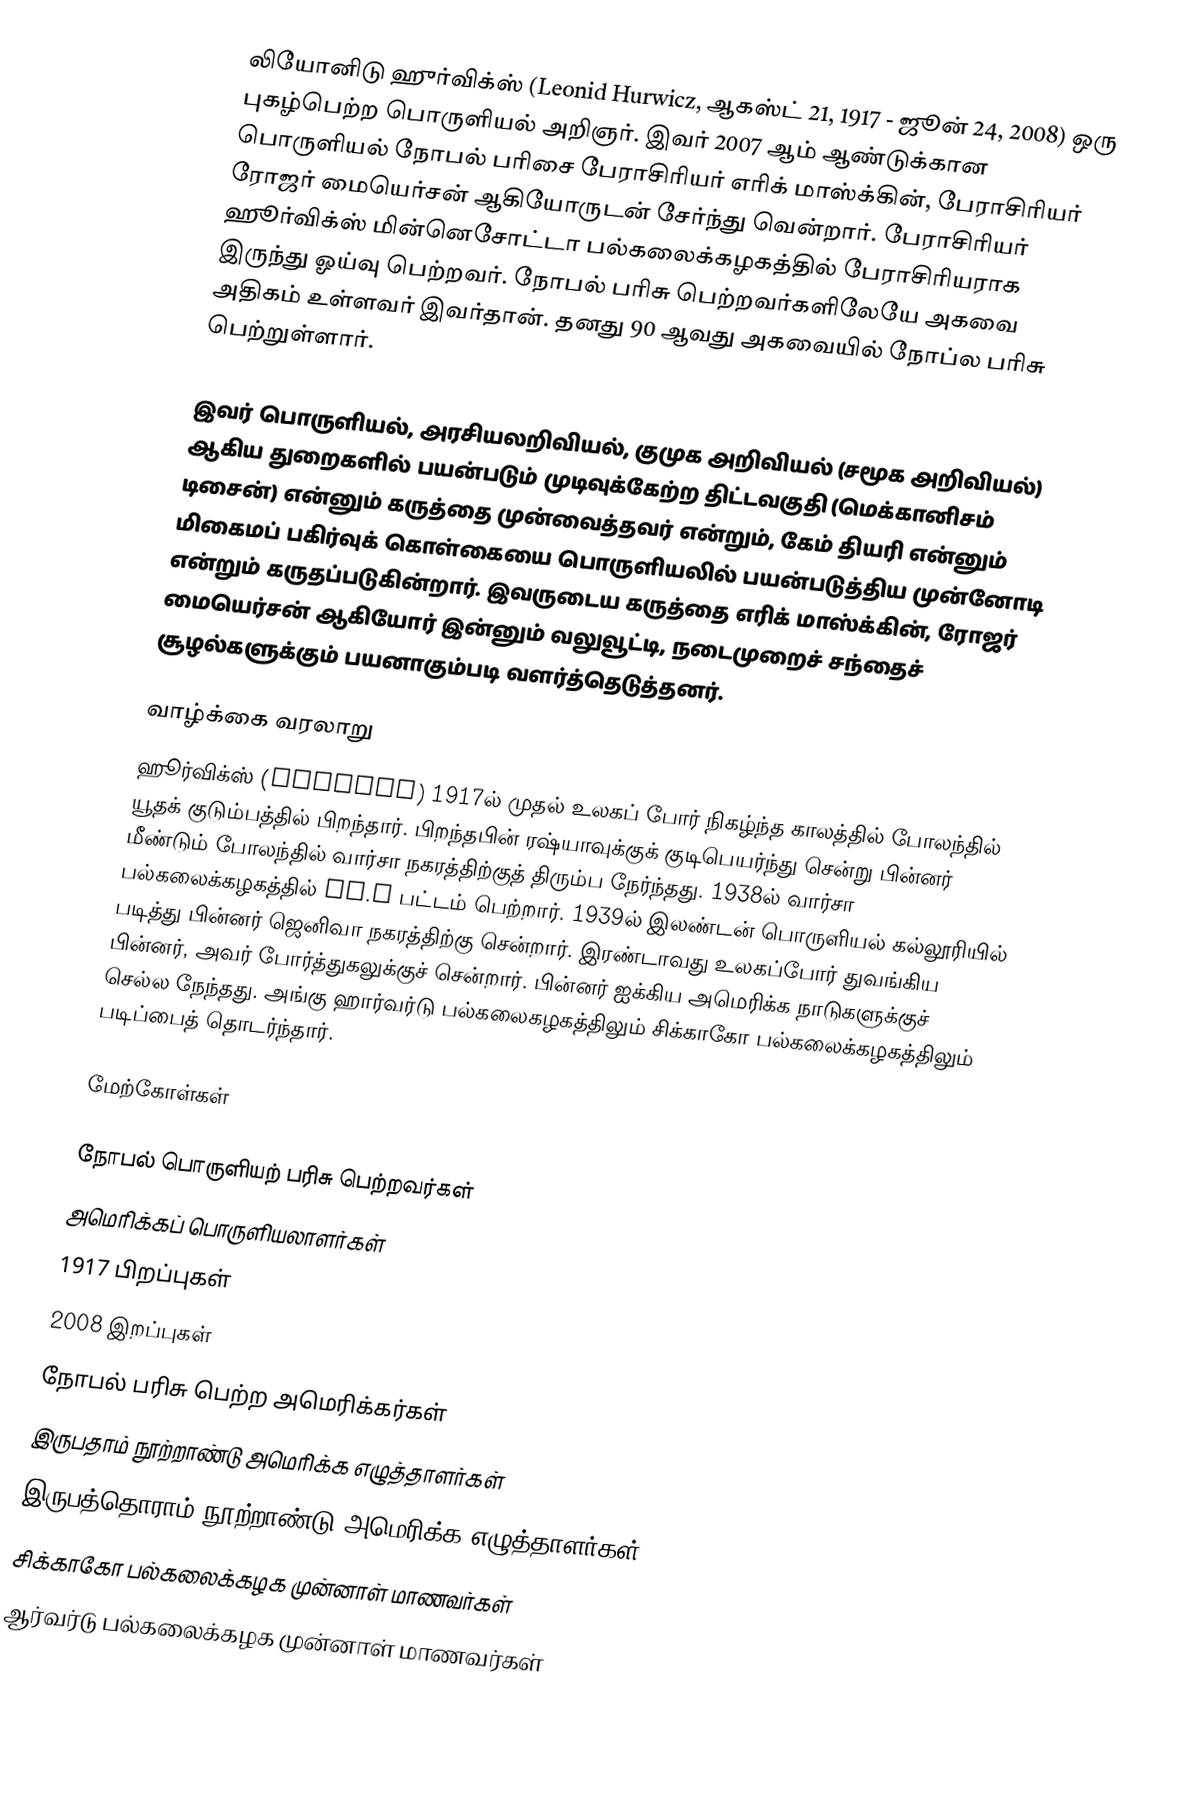
லியோனிடு ஹுர்விக்ஸ் (Leonid Hurwicz, ஆகஸ்ட் 21, 1917 - ஜூன் 24, 2008) ஒரு புகழ்பெற்ற பொருளியல் அறிஞர். இவர் 2007 ஆம் ஆண்டுக்கான பொருளியல் நோபல் பரிசை பேராசிரியர் எரிக் மாஸ்க்கின், பேராசிரியர் ரோஜர் மையெர்சன் ஆகியோருடன் சேர்ந்து வென்றார். பேராசிரியர் ஹூர்விக்ஸ் மின்னெசோட்டா பல்கலைக்கழகத்தில் பேராசிரியராக இருந்து ஓய்வு பெற்றவர். நோபல் பரிசு பெற்றவர்களிலேயே அகவை அதிகம் உள்ளவர் இவர்தான். தனது 90 ஆவது அகவையில் நோப்ல பரிசு பெற்றுள்ளார்.

இவர் பொருளியல், அரசியலறிவியல், குமுக அறிவியல் (சமூக அறிவியல்) ஆகிய துறைகளில் பயன்படும் முடிவுக்கேற்ற திட்டவகுதி (மெக்கானிசம் டிசைன்) என்னும் கருத்தை முன்வைத்தவர் என்றும், கேம் தியரி என்னும் மிகைமப் பகிர்வுக் கொள்கையை பொருளியலில்  பயன்படுத்திய முன்னோடி என்றும் கருதப்படுகின்றார்.  இவருடைய கருத்தை எரிக் மாஸ்க்கின், ரோஜர் மையெர்சன் ஆகியோர் இன்னும் வலுவூட்டி, நடைமுறைச் சந்தைச் சூழல்களுக்கும் பயனாகும்படி வளர்த்தெடுத்தனர்.

வாழ்க்கை வரலாறு
ஹூர்விக்ஸ் (Hurwicz) 1917ல் முதல் உலகப் போர் நிகழ்ந்த காலத்தில் போலந்தில் யூதக் குடும்பத்தில் பிறந்தார். பிறந்தபின் ரஷ்யாவுக்குக் குடிபெயர்ந்து சென்று பின்னர் மீண்டும் போலந்தில் வார்சா நகரத்திற்குத் திரும்ப நேர்ந்தது. 1938ல் வார்சா பல்கலைக்கழகத்தில் LL.M பட்டம் பெற்றார். 1939ல் இலண்டன் பொருளியல் கல்லூரியில் படித்து பின்னர் ஜெனிவா நகரத்திற்கு சென்றார். இரண்டாவது உலகப்போர் துவங்கிய பின்னர், அவர் போர்த்துகலுக்குச் சென்றார். பின்னர் ஐக்கிய அமெரிக்க நாடுகளுக்குச் செல்ல நேந்தது. அங்கு ஹார்வர்டு பல்கலைகழகத்திலும்  சிக்காகோ பல்கலைக்கழகத்திலும் படிப்பைத் தொடர்ந்தார்.

மேற்கோள்கள்

நோபல் பொருளியற் பரிசு பெற்றவர்கள்
அமெரிக்கப் பொருளியலாளர்கள்
1917 பிறப்புகள்
2008 இறப்புகள்
நோபல் பரிசு பெற்ற அமெரிக்கர்கள்
இருபதாம் நூற்றாண்டு அமெரிக்க எழுத்தாளர்கள்
இருபத்தொராம் நூற்றாண்டு அமெரிக்க எழுத்தாளர்கள்
சிக்காகோ பல்கலைக்கழக முன்னாள் மாணவர்கள்
ஆர்வர்டு பல்கலைக்கழக முன்னாள் மாணவர்கள்